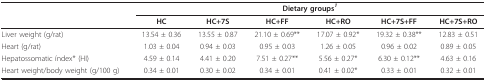
|  | <COLSPAN=6> Dietary groups1 |
 |  | HC | HC+7S | HC+FF | HC+RO | HC+7S+FF | HC+7S+RO |
 | --- | --- | --- | --- | --- | --- | --- |
 | Liver weight (g/rat) | 13.54 ± 0.36 | 13.55 ± 0.87 | 21.10 ± 0.69** | 17.07 ± 0.92* | 19.32 ± 0.38** | 12.83 ± 0.51 |
 | Heart (g/rat) | 1.03 ± 0.04 | 0.94 ± 0.03 | 0.95 ± 0.03 | 1.26 ± 0.05 | 0.96 ± 0.02 | 0.89 ± 0.05 |
 | Hepatossomatic índex* (HI) | 4.59 ± 0.14 | 4.41 ± 0.20 | 7.51 ± 0.27** | 5.56 ± 0.27* | 6.30 ± 0.12** | 4.63 ± 0.16 |
 | Heart weight/body weight (g/100 g) | 0.34 ± 0.01 | 0.30 ± 0.02 | 0.34 ± 0.01 | 0.41 ± 0.02* | 0.33 ± 0.01 | 0.32 ± 0.01 |